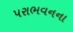
પરાભવનના